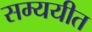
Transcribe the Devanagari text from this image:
सम्ययीत